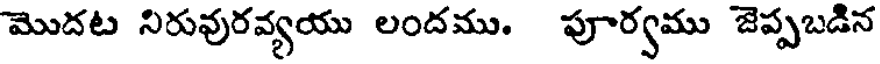
మొదట నిరువురవ్యయు లందము. పూర్వము జెప్పబడిన